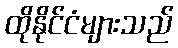
ထိုနိုင်ငံများသည်